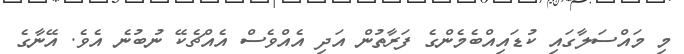
މިި މައްސަލާގައި ކުޑައިއްބެމެންގެ ފަރާތުން އަދި އެއްވެސް އެއްޗެކޭ ނުބުނެ އެވެ. އޭނާގެ